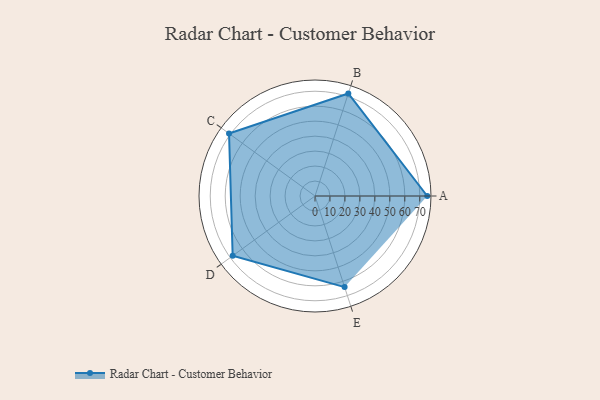
{"axis": {"x": "Skill", "y": "Score"}, "legend": ["Profile"], "data": [{"x": "A", "y": 75.0, "type": "Profile"}, {"x": "B", "y": 72.0, "type": "Profile"}, {"x": "C", "y": 71.0, "type": "Profile"}, {"x": "D", "y": 68.0, "type": "Profile"}, {"x": "E", "y": 64.0, "type": "Profile"}]}